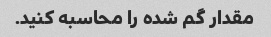
مقدار گم شده را محاسبه کنید.